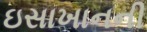
ઇસાખાનની